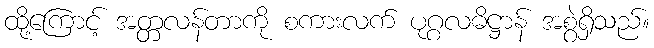
ထို့ကြောင့် အတ္တလန်တာကို စကားလက် ပုဂ္ဂလဓိဋ္ဌာန် အစွဲရှိသည်။